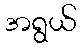
အရွယ်